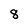
Character: 8